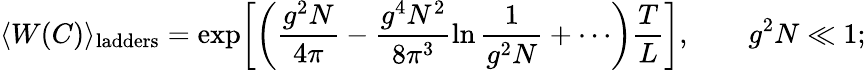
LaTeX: \langle W(C)\rangle_{\mathrm{ladders}}=\exp\biggl[\biggl(\frac{g^{2}N}{4\pi}-\frac{g^{4}N^{2}}{8\pi^{3}}\ln\frac{1}{g^{2}N}+\cdots\biggr)\frac{T}{L}\biggr],\qquad g^{2}N\ll 1;